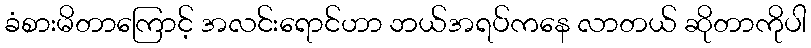
ခံစားမိတာကြောင့် အလင်းရောင်ဟာ ဘယ်အရပ်ကနေ လာတယ် ဆိုတာကိုပါ